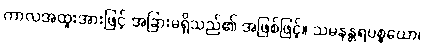
ကာလအထူးအားဖြင့် အခြားမရှိသည်၏ အဖြစ်ဖြင့်။ သမနန္တရပစ္စယော၊